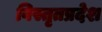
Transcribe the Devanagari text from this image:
विस्तृतप्रदेश